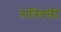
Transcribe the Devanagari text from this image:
रात्रिबली